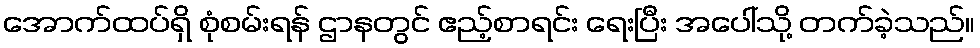
အောက်ထပ်ရှိ စုံစမ်းရန် ဌာနတွင် ဧည့်စာရင်း ရေးပြီး အပေါ်သို့ တက်ခဲ့သည်။